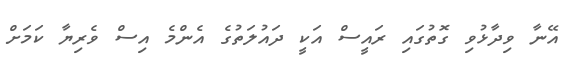
އޭނާ ވިދާޅުވި ގޮތުގައި ރައީސް އަކީ ދައުލަތުގެ އެންމެ އިސް ވެރިޔާ ކަމަށް